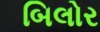
બિલોર